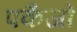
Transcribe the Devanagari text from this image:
पकैजों